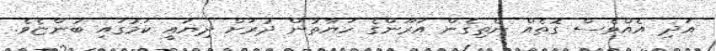
އަދި އެއްވެސް ގޮތެއް ނެތިގެން އަރޫންގެ ހަޔާތުން ދުރަށް ދިޔައީ ކަމުގައި ބުންޏެވެ.